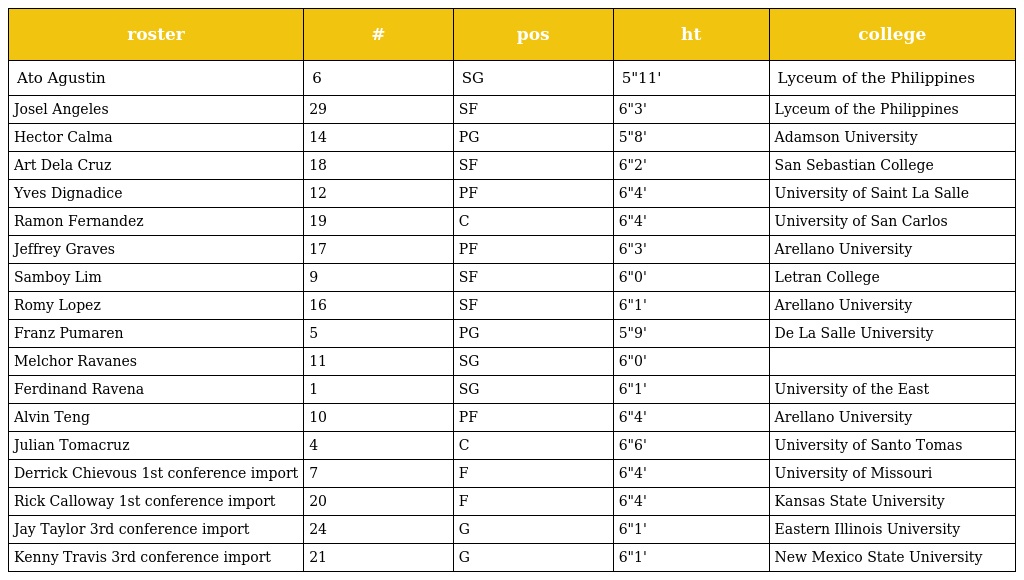
| roster | # | pos | ht | college |
 | --- | --- | --- | --- | --- |
 | Ato Agustin | 6 | SG | 5"11' | Lyceum of the Philippines |
 | Josel Angeles | 29 | SF | 6"3' | Lyceum of the Philippines |
 | Hector Calma | 14 | PG | 5"8' | Adamson University |
 | Art Dela Cruz | 18 | SF | 6"2' | San Sebastian College |
 | Yves Dignadice | 12 | PF | 6"4' | University of Saint La Salle |
 | Ramon Fernandez | 19 | C | 6"4' | University of San Carlos |
 | Jeffrey Graves | 17 | PF | 6"3' | Arellano University |
 | Samboy Lim | 9 | SF | 6"0' | Letran College |
 | Romy Lopez | 16 | SF | 6"1' | Arellano University |
 | Franz Pumaren | 5 | PG | 5"9' | De La Salle University |
 | Melchor Ravanes | 11 | SG | 6"0' |  |
 | Ferdinand Ravena | 1 | SG | 6"1' | University of the East |
 | Alvin Teng | 10 | PF | 6"4' | Arellano University |
 | Julian Tomacruz | 4 | C | 6"6' | University of Santo Tomas |
 | Derrick Chievous 1st conference import | 7 | F | 6"4' | University of Missouri |
 | Rick Calloway 1st conference import | 20 | F | 6"4' | Kansas State University |
 | Jay Taylor 3rd conference import | 24 | G | 6"1' | Eastern Illinois University |
 | Kenny Travis 3rd conference import | 21 | G | 6"1' | New Mexico State University |